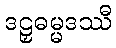
ဒဠှဓမ္မဒဿီ